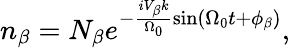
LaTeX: n_{\beta}=N_{\beta}e^{-\frac{iV_{\beta}k}{\Omega_{0}}\sin\left(\Omega_{0}t+\phi_{\beta}\right)},